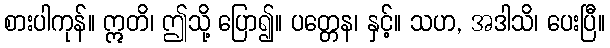
စားပါကုန်။ ဣတိ၊ ဤသို့ ပြော၍။ ပတ္တေန၊ နှင့်။ သဟ, အဒါသိ၊ ပေးပြီ။